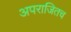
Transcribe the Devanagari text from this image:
अपराजितच